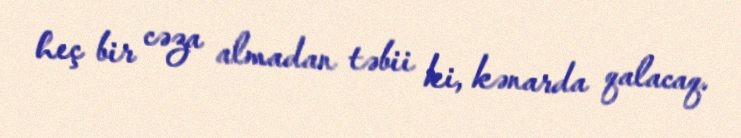
heç bir cəza almadan təbii ki, kənarda qalacaq.